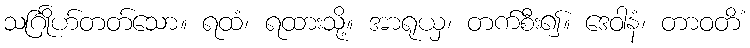
သင်္ဂြိုဟ်တတ်သော။ ရထံ၊ ရထားသို့။ အာရုယှ၊ တက်စီး၍။ ဒေဝါနံ၊ တာဝတိံ